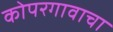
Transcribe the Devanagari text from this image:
कोपरगावाचा